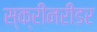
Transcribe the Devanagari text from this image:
स्क्रीनरीडर